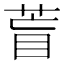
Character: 𦱋